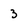
Character: 3